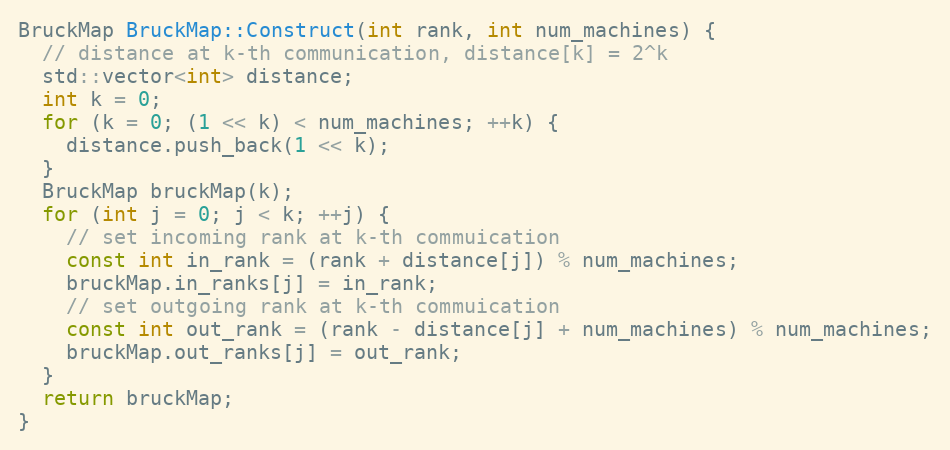
Language: C++
BruckMap BruckMap::Construct(int rank, int num_machines) {
  // distance at k-th communication, distance[k] = 2^k
  std::vector<int> distance;
  int k = 0;
  for (k = 0; (1 << k) < num_machines; ++k) {
    distance.push_back(1 << k);
  }
  BruckMap bruckMap(k);
  for (int j = 0; j < k; ++j) {
    // set incoming rank at k-th commuication
    const int in_rank = (rank + distance[j]) % num_machines;
    bruckMap.in_ranks[j] = in_rank;
    // set outgoing rank at k-th commuication
    const int out_rank = (rank - distance[j] + num_machines) % num_machines;
    bruckMap.out_ranks[j] = out_rank;
  }
  return bruckMap;
}